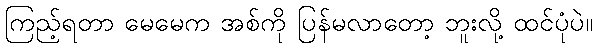
ကြည့်ရတာ မေမေက အစ်ကို ပြန်မလာတော့ ဘူးလို့ ထင်ပုံပဲ။